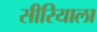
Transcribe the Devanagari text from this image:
सीरियाला